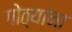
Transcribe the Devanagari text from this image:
गोठ्यांना